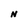
Character: N